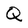
Character: Q